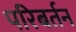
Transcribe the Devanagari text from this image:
परिबर्तन